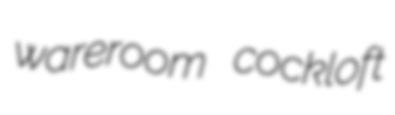
wareroom cockloft